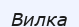
Вилка